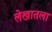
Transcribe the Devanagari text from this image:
लेखातला